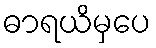
ဓာရယိမှပေ